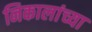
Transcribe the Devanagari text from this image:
निकालांच्या